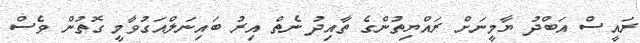
ރައީސް އަބްދު ޔާމީނަށް ރައްޔިތުންގެ ތާއިދު ނެތް އިރު ބައިނަލްއަގުވާމީ ގޮތުން ވެސް